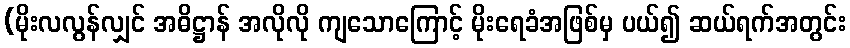
(မိုးလလွန်လျှင် အဓိဋ္ဌာန် အလိုလို ကျသောကြောင့် မိုးရေခံအဖြစ်မှ ပယ်၍ ဆယ်ရက်အတွင်း